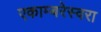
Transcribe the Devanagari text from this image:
एकाम्बरेस्वरा